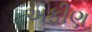
અફીણ